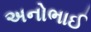
અનોભાઈ